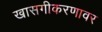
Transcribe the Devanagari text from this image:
खासगीकरणावर